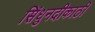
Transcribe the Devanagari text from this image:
सिंधुनदीकाठी